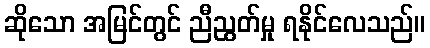
ဆိုသော အမြင်တွင် ညီညွတ်မှု ရနိုင်လေသည်။